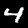
Digit: 4